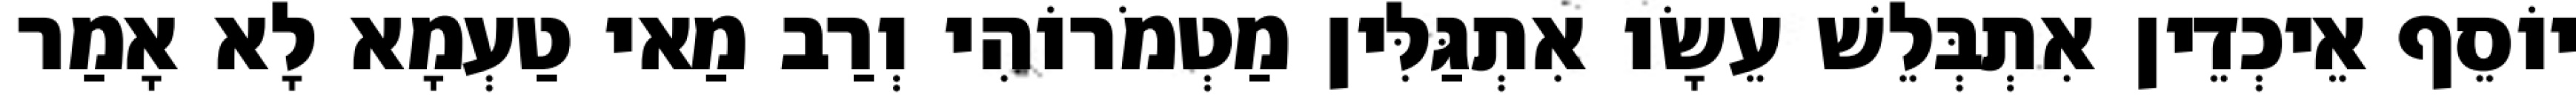
יוֹסֵף אֵיכְדֵין אִתְבְּלֵשׁ עֵשָׂו אִתְגַּלִּין מַטְמֹרוֹהִי וְרַב מַאי טַעְמָא לָא אָמַר